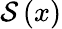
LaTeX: \mathcal S\left(x\right)